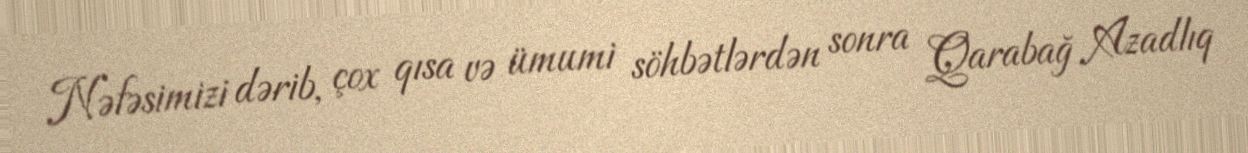
Nəfəsimizi dərib, çox qısa və ümumi söhbətlərdən sonra Qarabağ Azadlıq